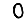
Digit: 0